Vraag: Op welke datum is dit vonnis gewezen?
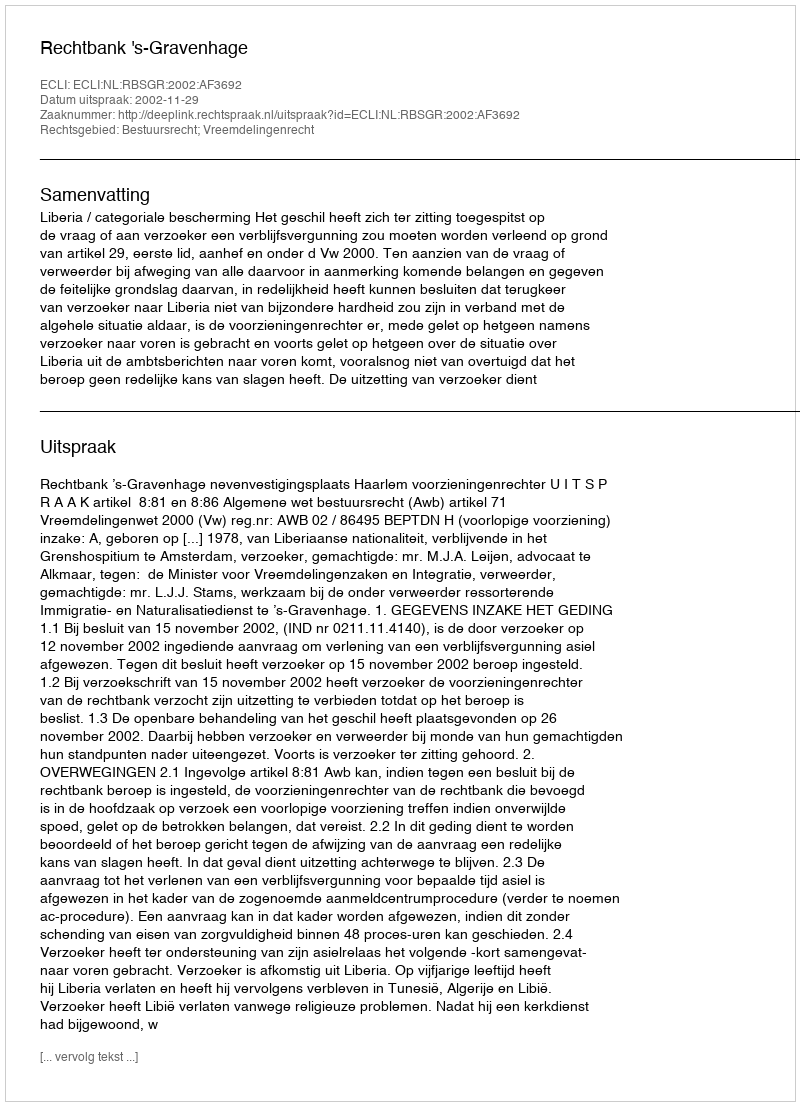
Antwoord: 2002-11-29